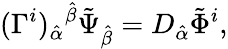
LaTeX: (\Gamma^{i})_{\hat{\alpha}}{}^{\hat{\beta}}\tilde{\Psi}_{\hat{\beta}}=D_{\hat{\alpha}}\tilde{\Phi}^{i},